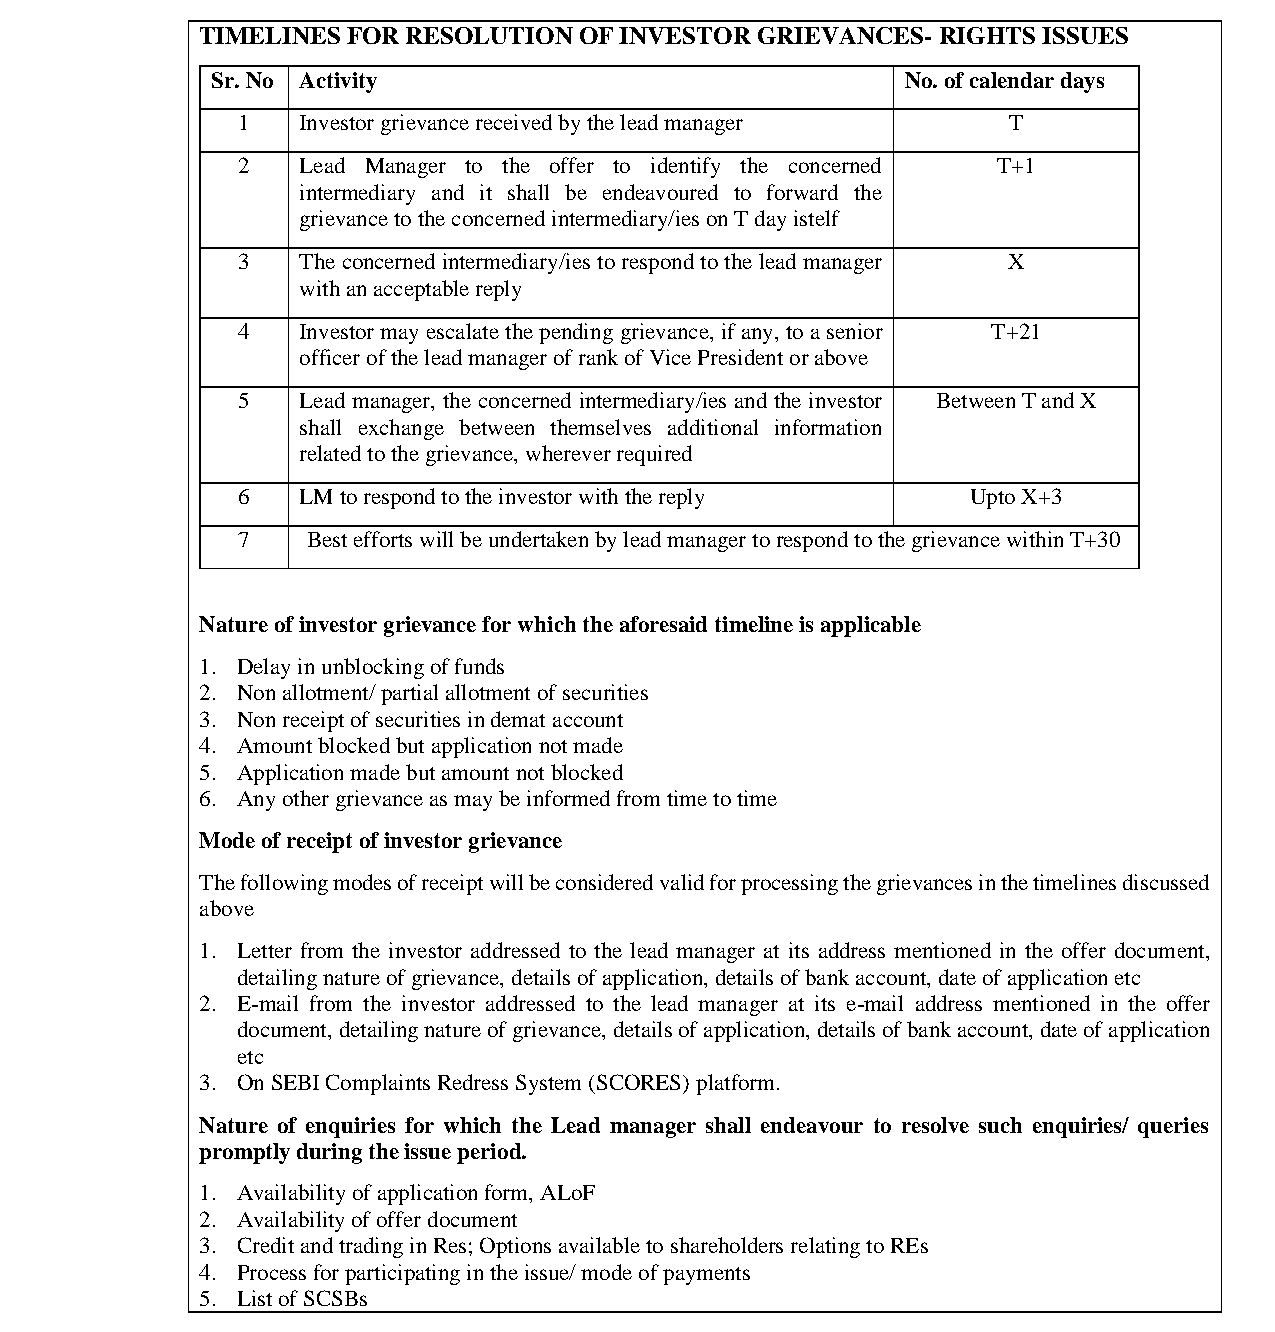
भारतीयप्रततभूततऔरवितिमयबोर्ड
 Securities and Exchange Board of India
 TIMELINES FOR RESOLUTION OF INVESTOR GRIEVANCES- RIGHTS ISSUES
 Sr. No Activity                               No. of calendar days
 1   Investor grievance received by the lead manager T
 2   Lead Manager to the offer to identify the concerned T+1
 intermediary and it shall be endeavoured to forward the
 grievance to the concerned intermediary/ies on T day istelf
 3   The concerned intermediary/ies to respond to the lead manager X
 with an acceptable reply
 4   Investor may escalate the pending grievance, if any, to a senior T+21
 officer of the lead manager of rank of Vice President or above
 5   Lead manager, the concerned intermediary/ies and the investor Between T and X
 shall exchange between themselves additional information
 related to the grievance, wherever required
 6   LM to respond to the investor with the reply Upto X+3
 7   Best efforts will be undertaken by lead manager to respond to the grievance within T+30
 Nature of investor grievance for which the aforesaid timeline is applicable
 1. Delay in unblocking of funds
 2. Non allotment/ partial allotment of securities
 3. Non receipt of securities in demat account
 4. Amount blocked but application not made
 5. Application made but amount not blocked
 6. Any other grievance as may be informed from time to time
 Mode of receipt of investor grievance
 The following modes of receipt will be considered valid for processing the grievances in the timelines discussed
 above
 1. Letter from the investor addressed to the lead manager at its address mentioned in the offer document,
 detailing nature of grievance, details of application, details of bank account, date of application etc
 2. E-mail from the investor addressed to the lead manager at its e-mail address mentioned in the offer
 document, detailing nature of grievance, details of application, details of bank account, date of application
 etc
 3. On SEBI Complaints Redress System (SCORES) platform.
 Nature of enquiries for which the Lead manager shall endeavour to resolve such enquiries/ queries
 promptly during the issue period.
 1. Availability of application form, ALoF
 2. Availability of offer document
 3. Credit and trading in Res; Options available to shareholders relating to REs
 4. Process for participating in the issue/ mode of payments
 5. List of SCSBs
 Page 17 of 52